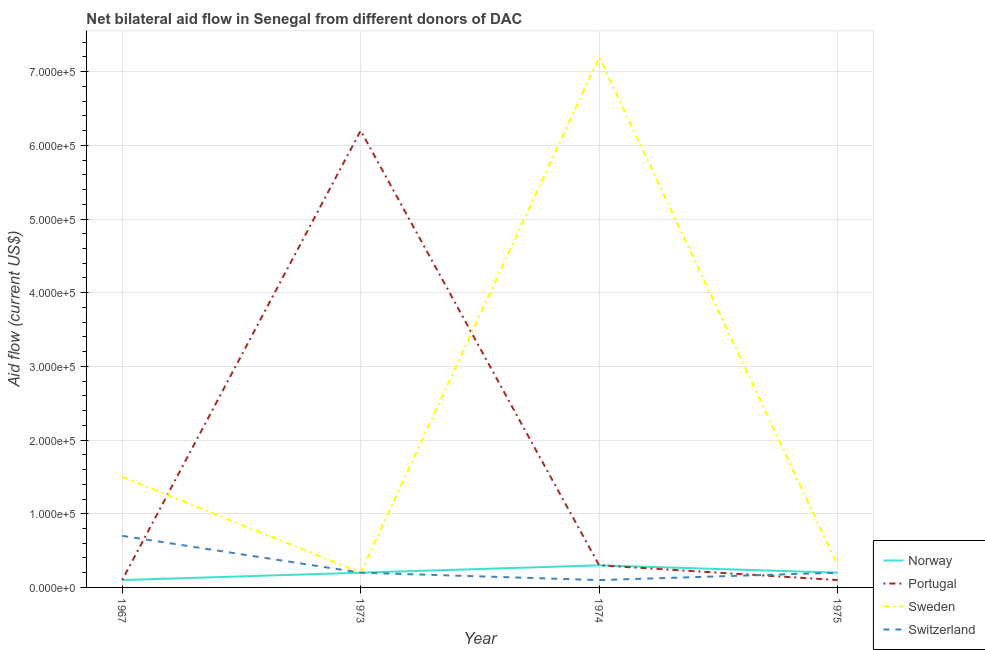
| Year | Norway | Portugal | Sweden | Switzerland |
 | --- | --- | --- | --- | --- |
 | 1967 | 1e+04 | 1e+04 | 1.5e+05 | 7e+04 |
 | 1973 | 2e+04 | 6.2e+05 | 2e+04 | 2e+04 |
 | 1974 | 3e+04 | 3e+04 | 7.2e+05 | 1e+04 |
 | 1975 | 2e+04 | 1e+04 | 3e+04 | 2e+04 |